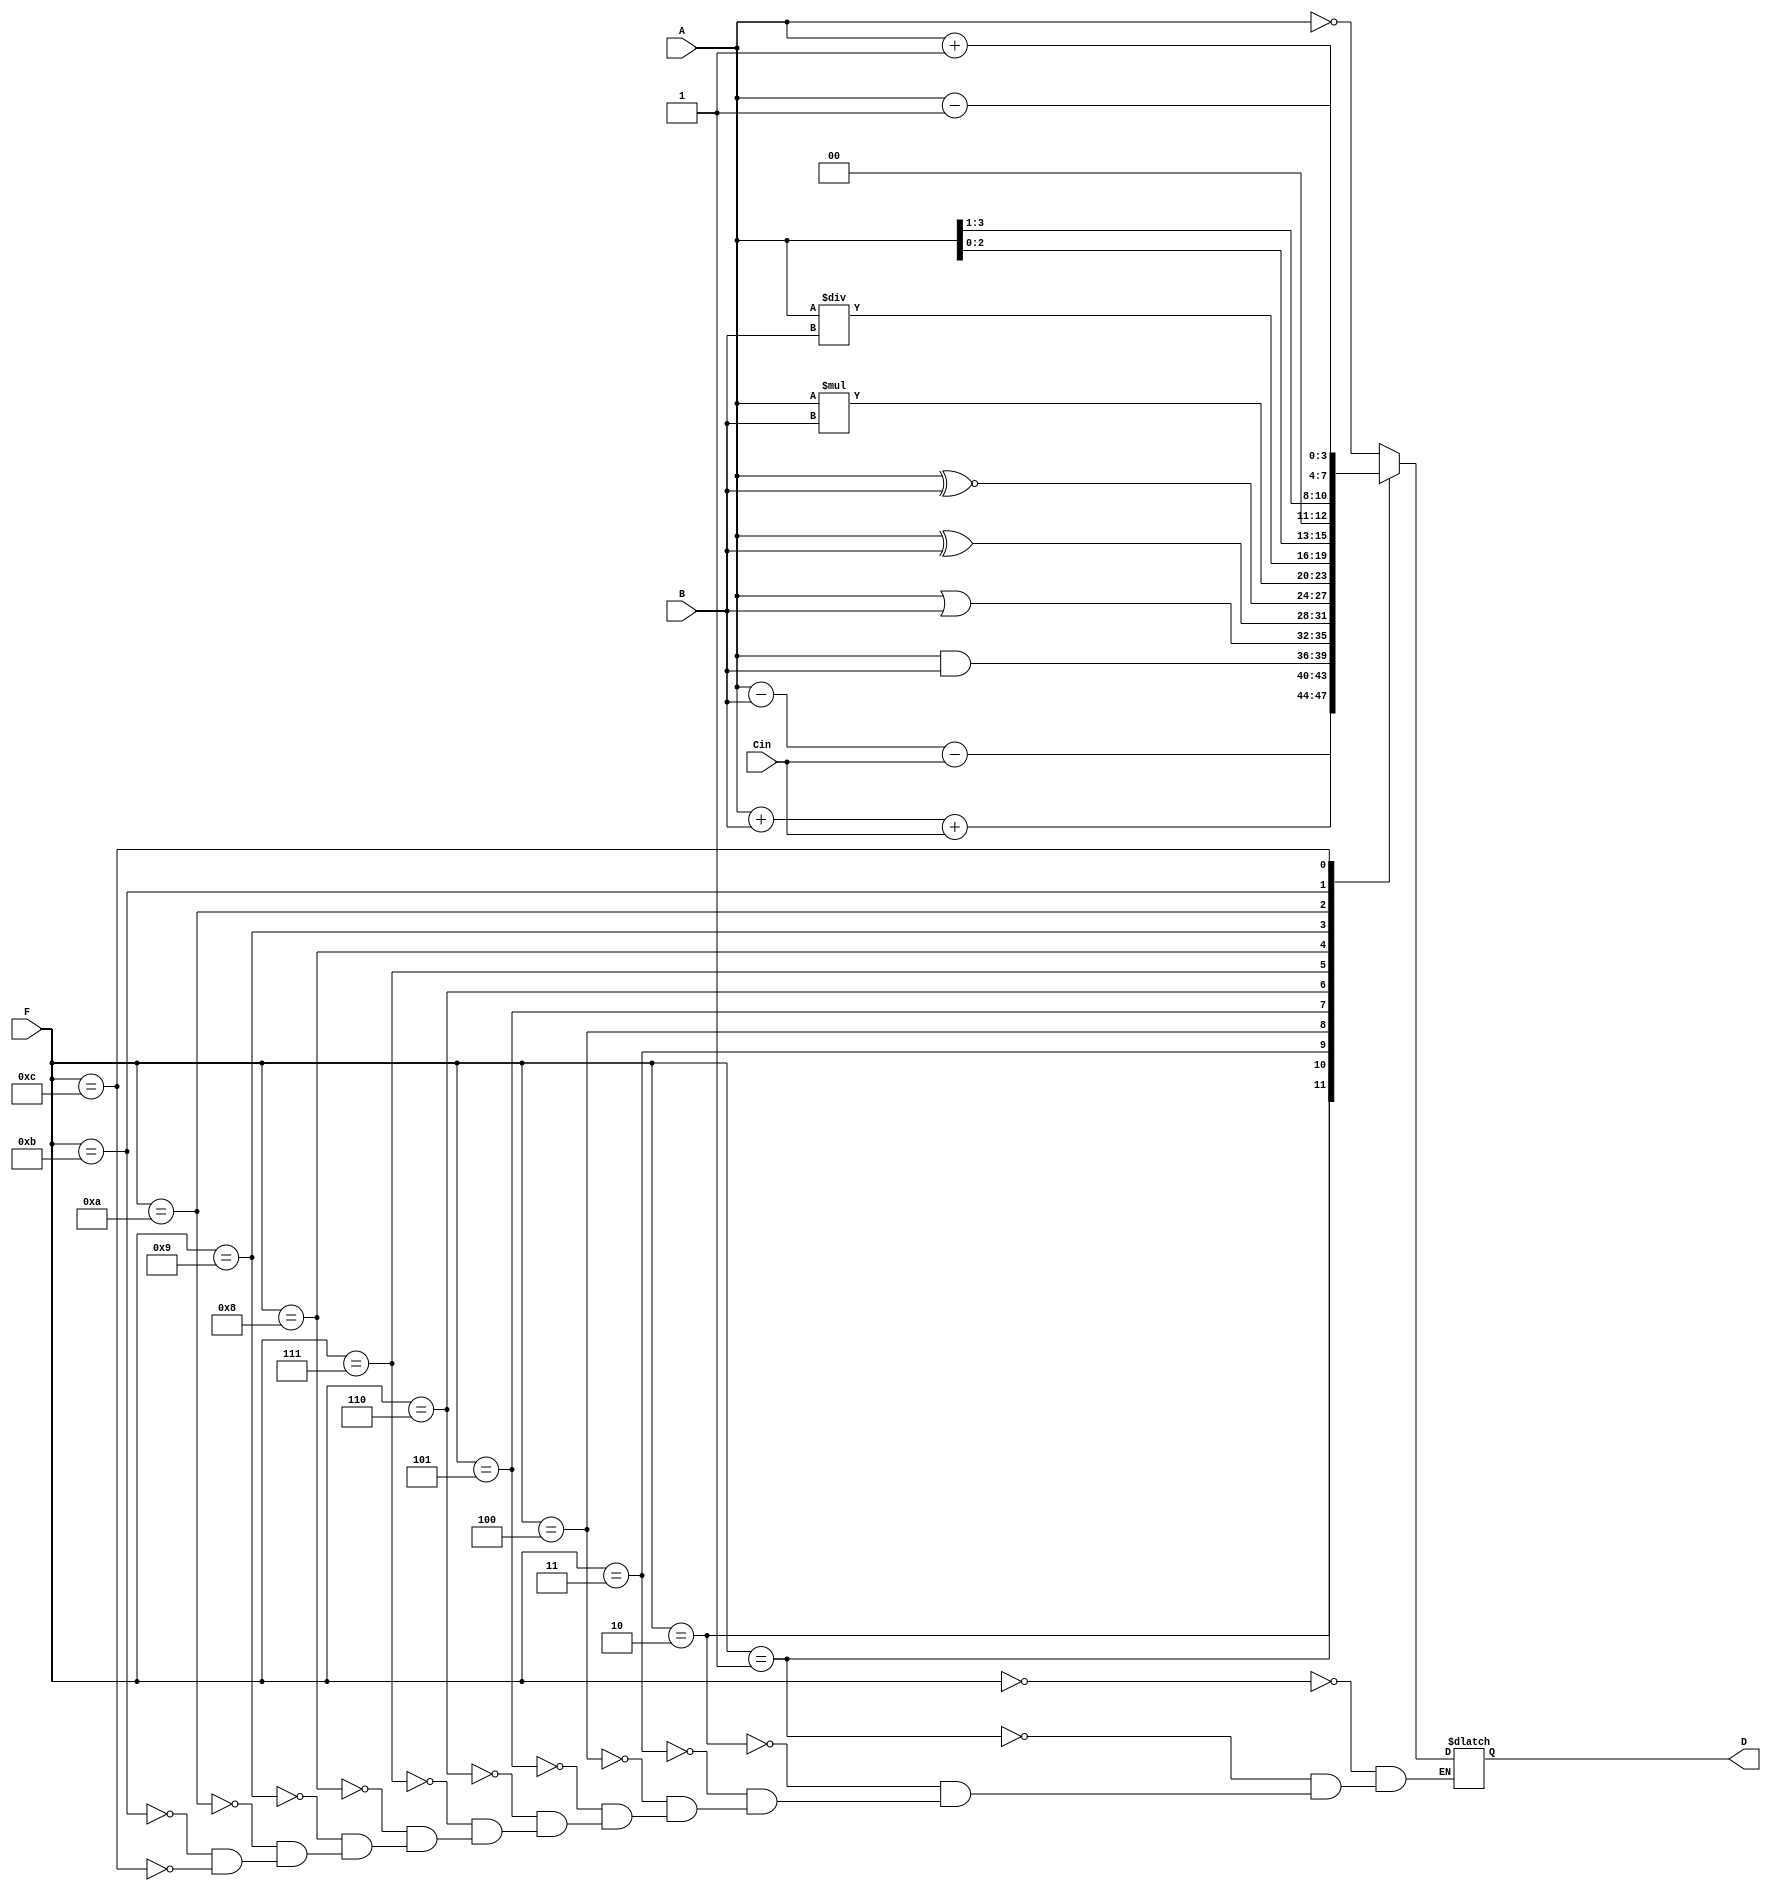
//Starting a Module
module ALU(D,A,B,Cin,F);
//Input Variables
input [3:0] A,B,Cin,F;
//Output Variable
output [3:0] D;
reg [3:0] D;
always @(F,A,B,Cin)
begin
  case(F)
    4'b0000: D<=~A; //negation
    4'b0001: D<=A-B-Cin; //subtraction
    4'b0010: D<=A+B+Cin; //addition
    4'b0011: D<= A & B; //AND
    4'b0100: D<= A | B; //OR
    4'b0101: D<= A ^ B; //XOR
    4'b0110: D<= A ~^ B; //XNOR
    4'b0111: D<=A*B; //Multiplication
    4'b1000: D<=A/B; //Division
    4'b1001: D<=A<<1; //Left shift
    4'b1010: D<= A>>1; //Right shift
    4'b1011: D<=A+1; //Increment A 
    4'b1100: D<=A-1; //Decrement A 
  endcase
end
endmodule